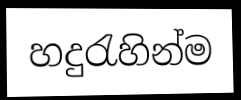
හදුරැහින්ම